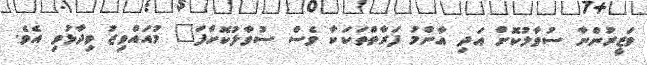
ވަޒީރުންނާ ސުވާލުކޮށް އަދި އާންމު ފަރާތްތަކަކާ ވެސް ސުވާލުކޮށްފަ" މުއައްވިޒު ވިދާޅުވި އެވެ.